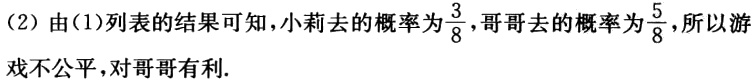
（2）由(1)列表的结果可知，小莉去的概率为$\frac{3}{8}$，哥哥去的概率为$\frac{5}{8}$，所以游戏不公平，对哥哥有利.